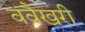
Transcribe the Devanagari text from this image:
ववैखरी